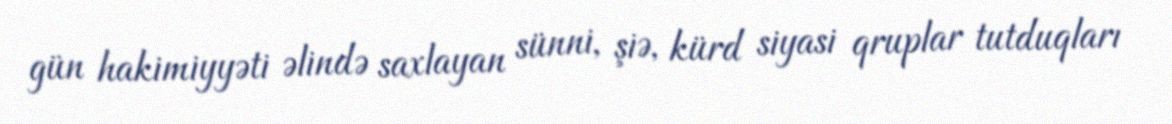
gün hakimiyyəti əlində saxlayan sünni, şiə, kürd siyasi qruplar tutduqları